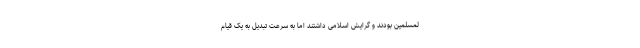
لمسلمین بودند و گرایش اسلامی داشتند اما به سرعت تبدیل به یک قیام